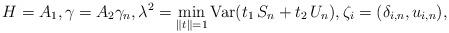
LaTeX: \begin{align*}H=A_{1},\gamma =A_{2}\gamma _{n},\lambda ^{2}=\min_{\left\|t\right\| =1}\mbox{Var}(t_{1}\,S_{n}+t_{2}\,U_{n}),\zeta _{i}=(\delta_{i,n},u_{i,n}), \end{align*}